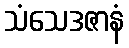
သံသေဒဇာနံ